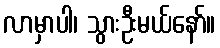
လာမှာပါ၊ သွားဦးမယ်နော်။